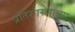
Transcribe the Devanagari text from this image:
प्रतिसारणाच्या